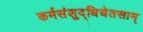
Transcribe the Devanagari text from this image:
कर्मसंशुद्धिचेतसाम्